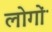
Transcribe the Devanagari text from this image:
लोगोंॱ